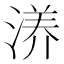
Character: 𰜝